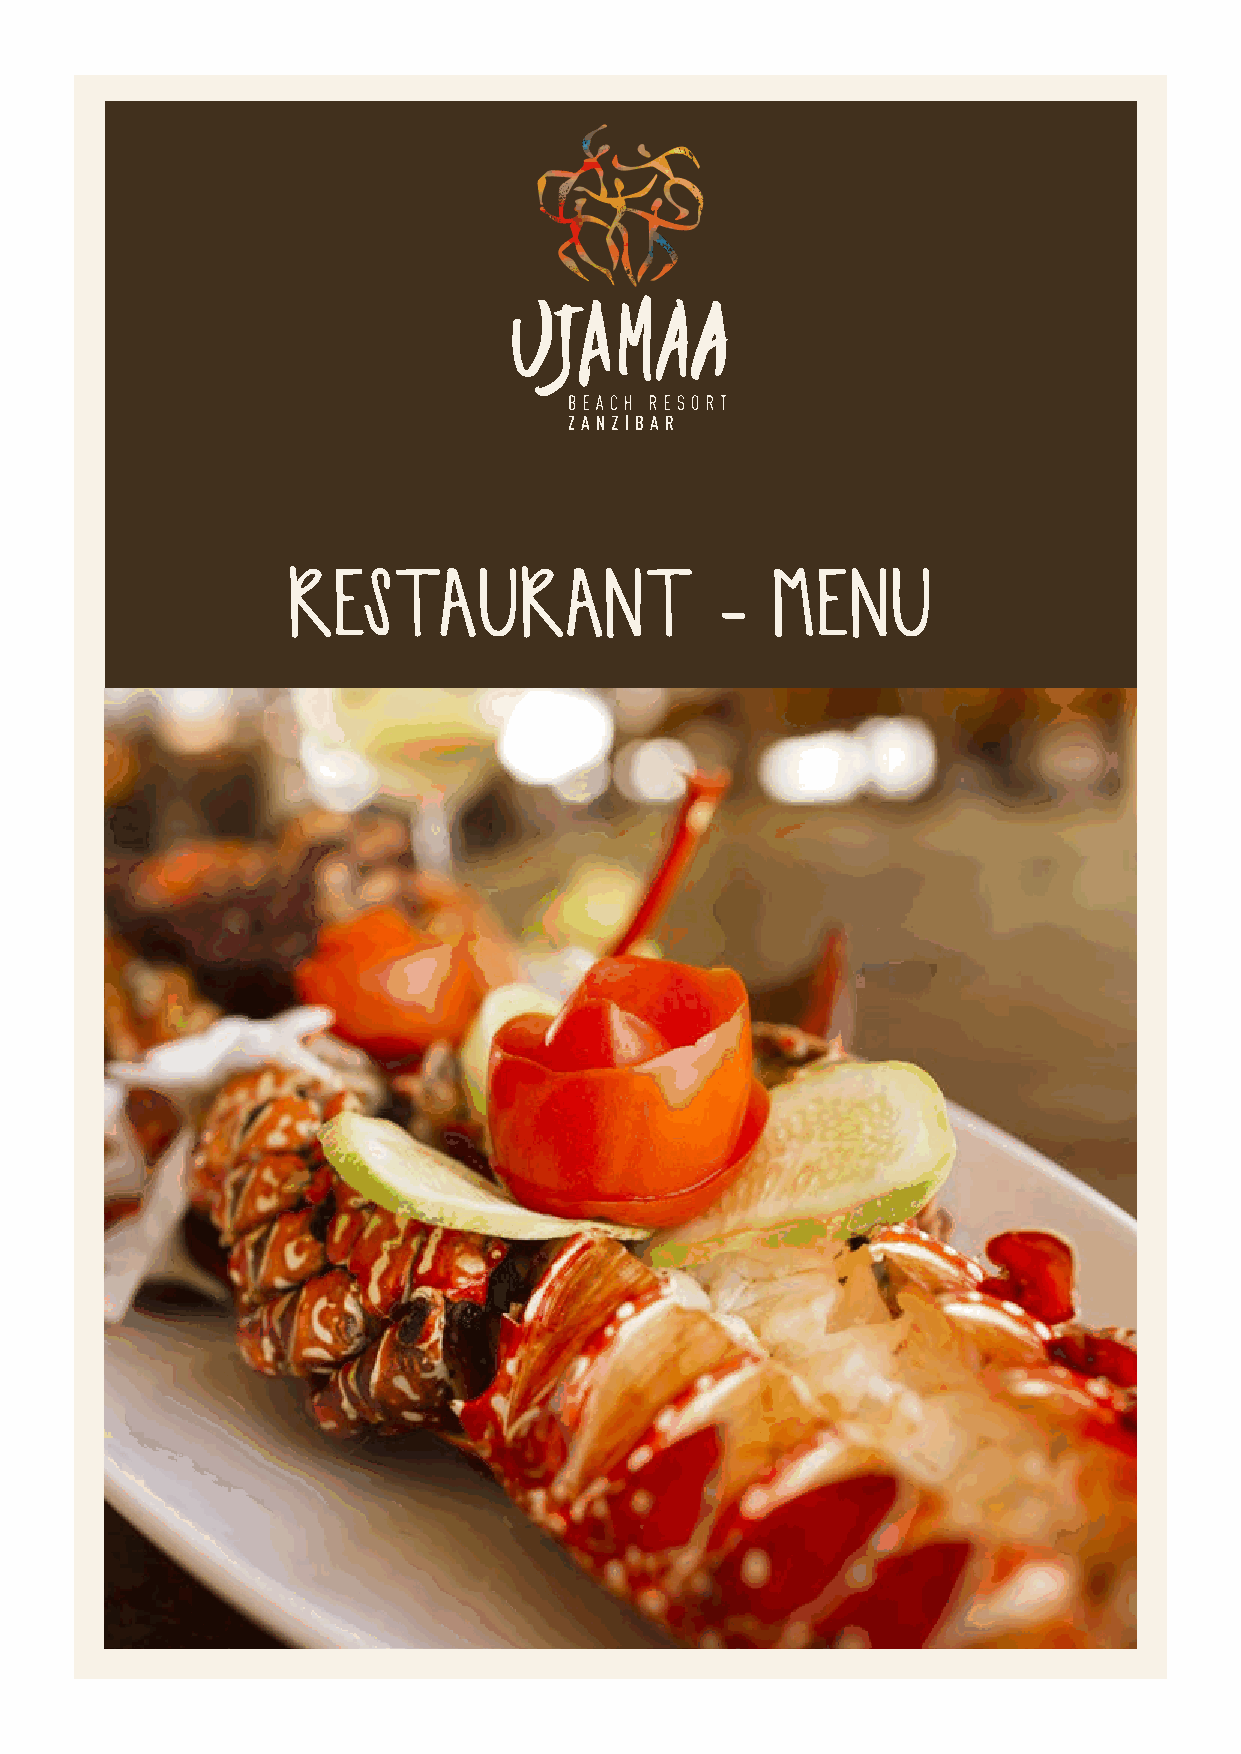
RESTAURANT                  -   MENU
 i